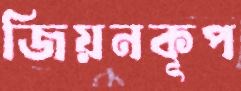
জিয়নকূপ